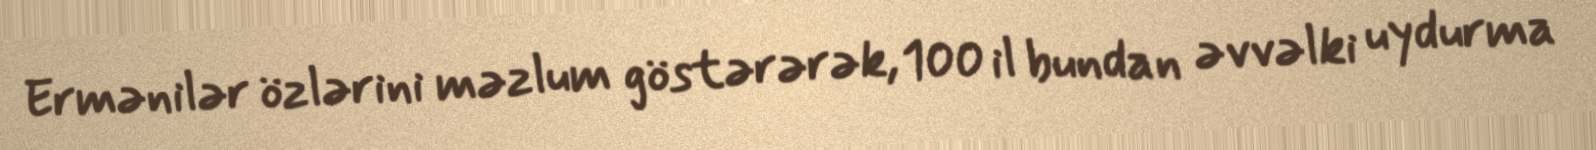
Ermənilər özlərini məzlum göstərərək, 100 il bundan əvvəlki uydurma